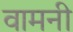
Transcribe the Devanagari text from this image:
वामनी